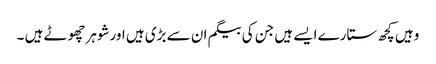
وہیں کچھ ستارے ایسے ہیں جن کی بیگم ان سے بڑی ہیں اورشوہرچھوٹے ہیں ۔